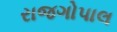
રાજગોપાલ